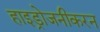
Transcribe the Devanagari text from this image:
हाइड्रोजनीकरन